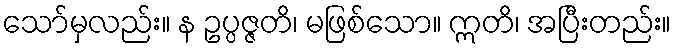
သော်မှလည်း။ န ဥပ္ပဇ္ဇတိ၊ မဖြစ်သော။ ဣတိ၊ အပြီးတည်း။